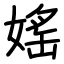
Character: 媱